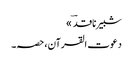
شبیر ناقدؔ »
دعوت القرآن، حصہ۔